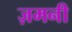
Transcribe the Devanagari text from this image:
ज़मनी